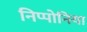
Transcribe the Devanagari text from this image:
निप्पोनिया